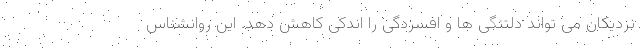
نزدیکان می تواند دلتنگی ها و افسردگی را اندکی کاهش دهد. این روانشناس